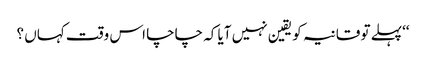
‘‘پہلے تو قانیہ کو یقین نہیں آیا کہ چاچا اس وقت کہاں ؟